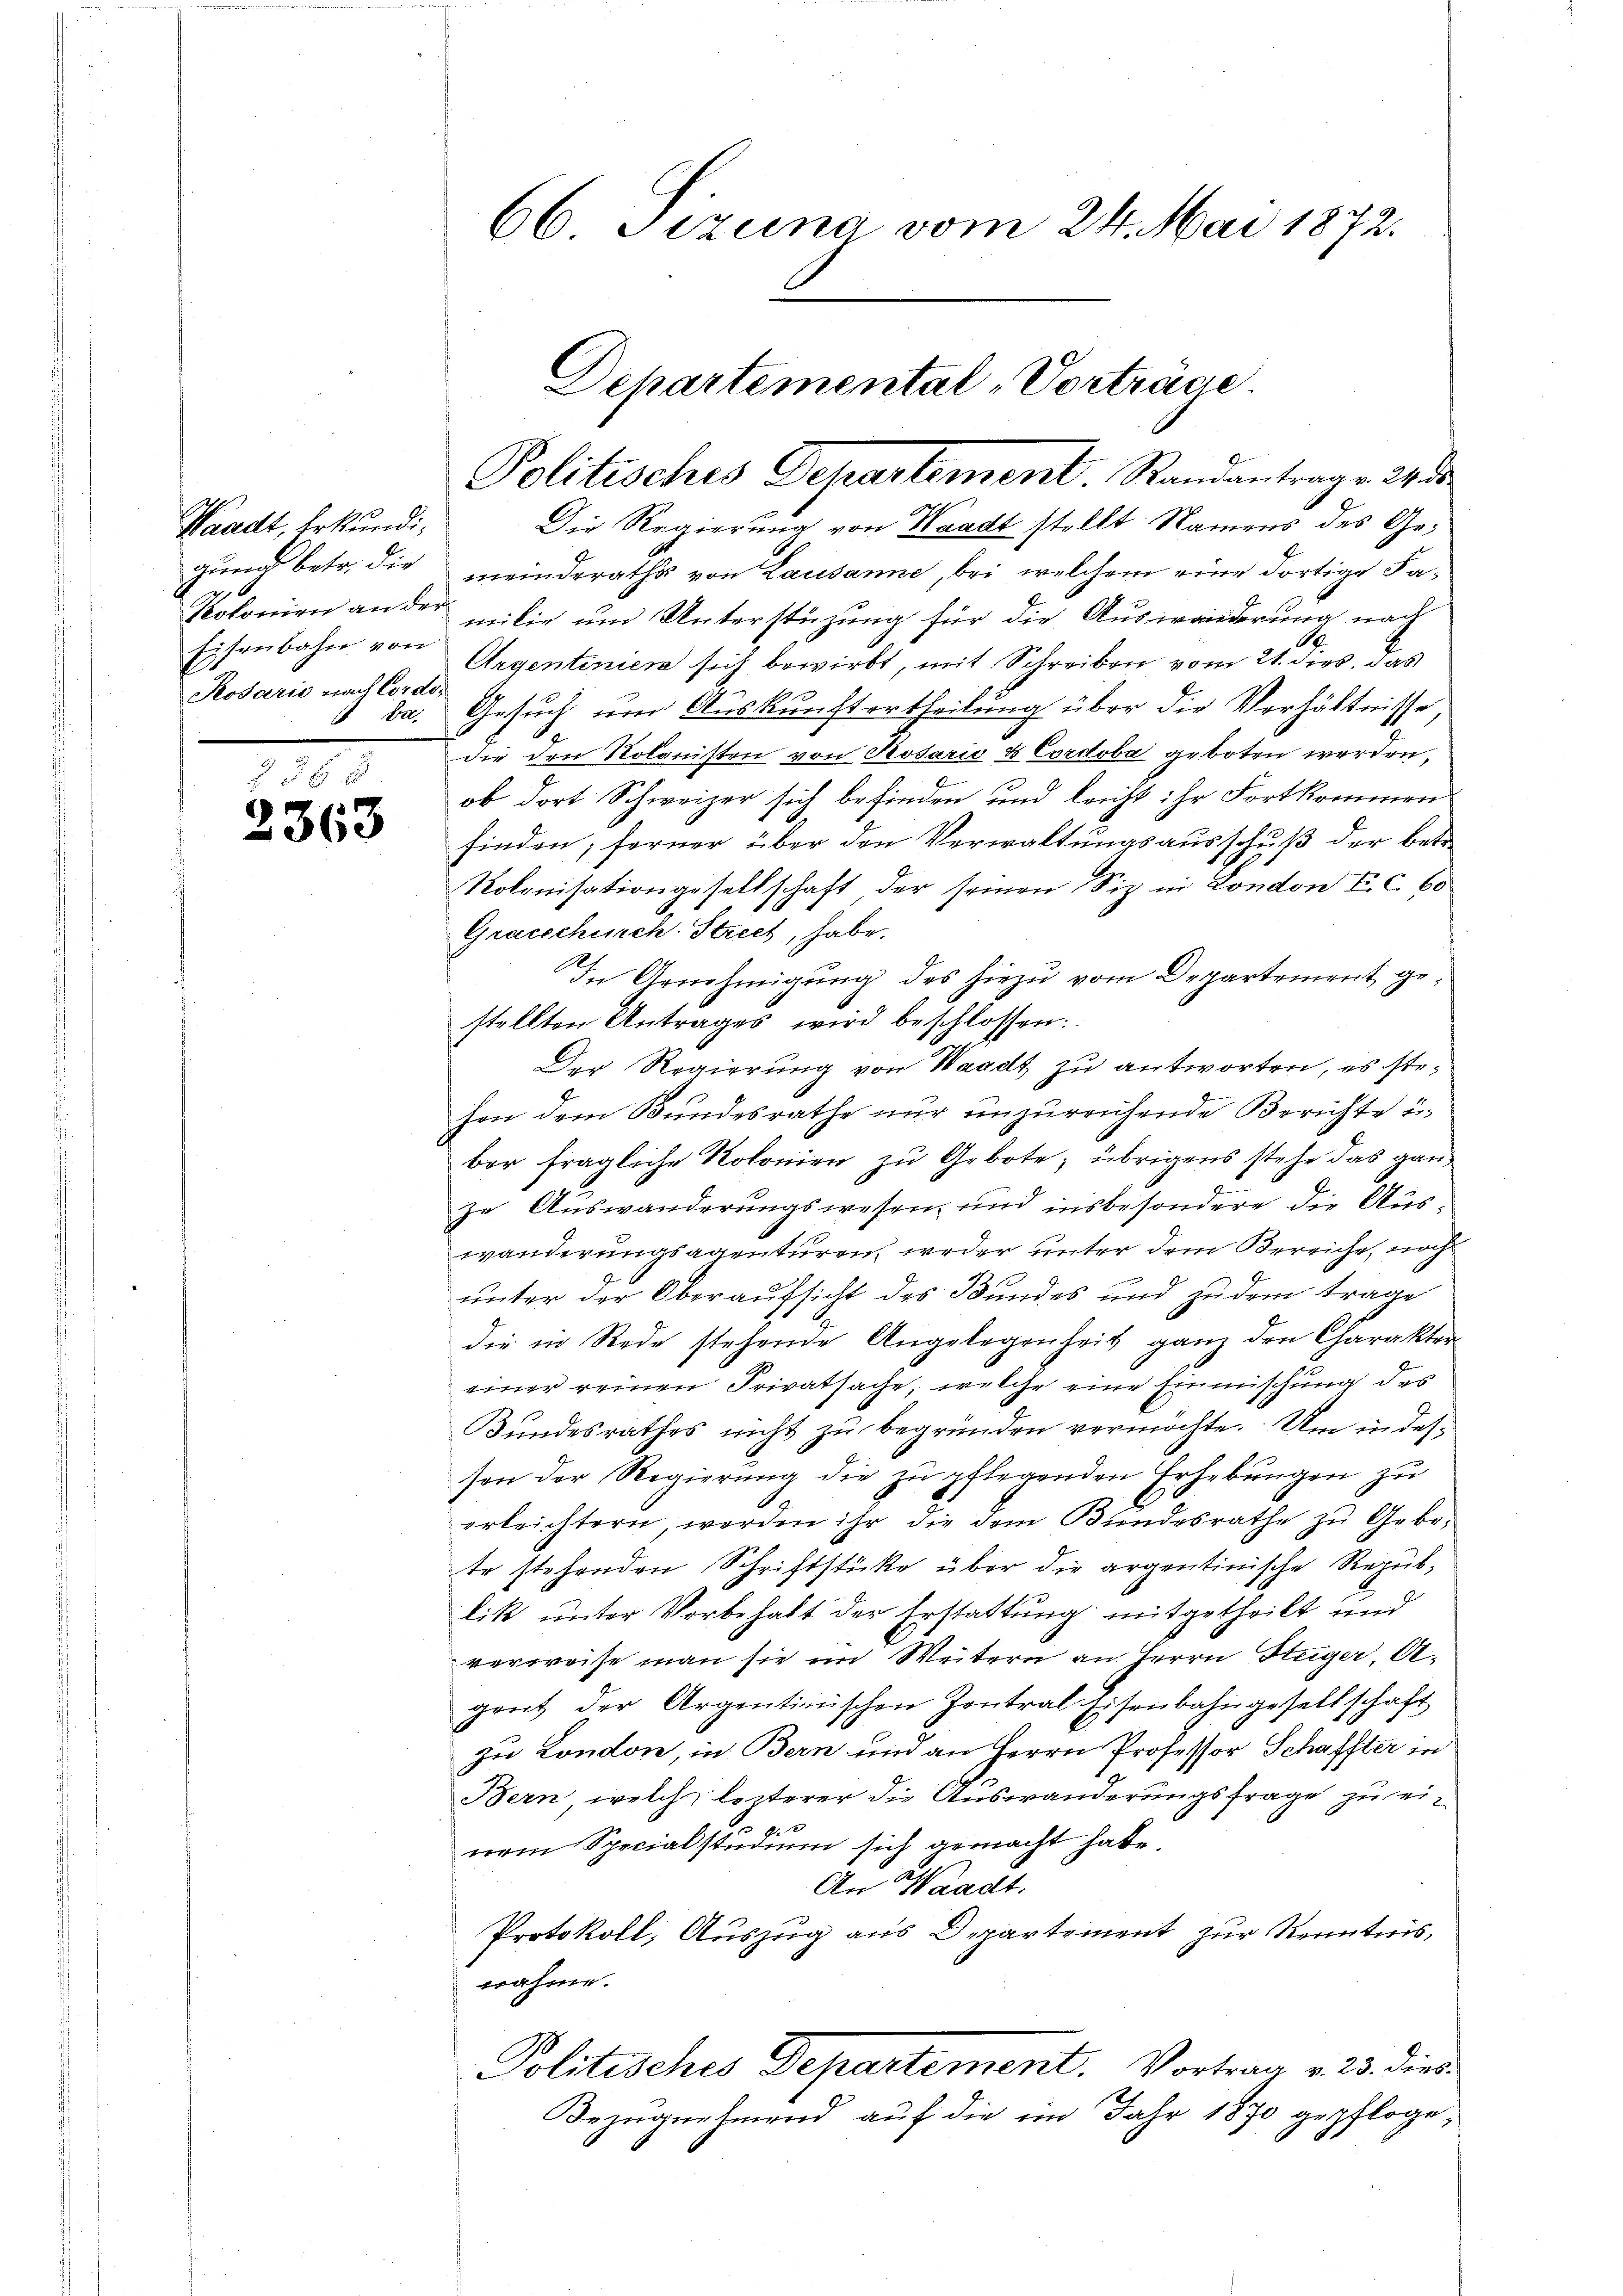
Waadt, Erkundig
Eisenbahn von
Rosario nach Cordo-

2363

66 Jizung vom 24. Mai 1872.

Departemental-Vorträge.
Politisches Departement. Randantrag v. 24s
Die Regierung von Waadt stellt Namens des Ge¬

gung betr. die meinderaths von Lausanne, bei welchem eine dortige Fa¬
Kolonien an der milie ŭm Unterstüzŭng für die Aŭswänderŭng nach
Argentinien sich bewirkt, mit Schreiben vom 21. dies. das
1
da. Gesuch um Auskunftertheilung über die Verhältnisse
die den Kolonisten von Rosaris & Cordoba geboten werden,
ob dort Schweizer sich befinden und leicht ihr Fortkommen
finden; ferner über den Verwaltungsausschuß der betre
Rolonisationgesellschaft der seinen Siz in London Fr. c. 60
Gracschürch. Strech, habe.
In Arnehmigung des hiezu vom Departement gestellten Antrages wird beschlossen:
Der Regierung von Waadt zu antworten, es stehen dem Bundesrathe nur unzureichende Berichte u.
ber fragliche Kolonien zu Gebote; übrigens stehe das ganze Auswanderungswesen und insbesondere die Auswanderungsagenturen, weder unter dem Bereiche, noch
unter der Oberaufsicht des Bundes und zudem trage
die in Rede stehende Angelegenheit ganz den Charakter
eiger reinen Privatsache, welche eine Einmischung des
Bundesrathes nicht zŭ begründen vermöchte. Um in desson der Regierung die zu pflegenden Erhebungen zu
erleichtern, werden ihr die dem Bundesrathe zu Gebo-
te stehenden Schriftstücke über die argentinische Republik unter Vorbehalt der Erstattung mitgetheilt und
verweise man sie im Weitern an Herrn Steiger, A
gent der Argentinischen Contral Eisenbahngesellschaft
zu London, in Bern und an Herrn Professor Schaffter in
Bern, welch lezterer die Auswanderungsfrage zu einem Specialstudium sich gemacht habe
An Waadt.
s
Protokoll, Auszug aus Departement zur Kenntnis,
wähme.
Politisches Departement. Vortrag v. 23. dies
Bezugnehmend auf die im Jahr 1870 gepfloge¬